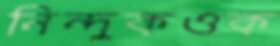
নিন্দুকওক